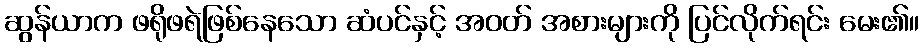
ဆွန်ယာက ဖရိုဖရဲဖြစ်နေသော ဆံပင်နှင့် အဝတ် အစားများကို ပြင်လိုက်ရင်း မေး၏။